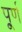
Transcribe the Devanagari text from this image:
पू्र्ण